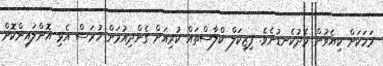
މަހަކަށް ކިޔެވުން މެދުކެނޑުނެވެ. ފިޒިކަލް ކްލާސްތައް ކުރިއަށް ގެންދިއުމަށް ހުރަސް އެޅި އޮންލައިންކޮށް